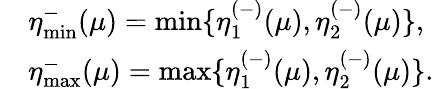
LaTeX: \begin{array}{rl}&{\eta_{\operatorname*{min}}^{-}(\mu)=\operatorname*{min}\{ \eta_{1}^{(-)}(\mu),\eta_{2}^{(-)}(\mu)\} ,}\\ &{\eta_{\operatorname*{max}}^{-}(\mu)=\operatorname*{max}\{ \eta_{1}^{(-)}(\mu),\eta_{2}^{(-)}(\mu)\} .}\end{array}